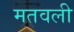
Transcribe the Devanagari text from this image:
मतवली